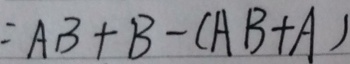
= A B + B - ( A B + A )